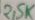
Text: 2,5K